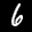
Label: 6